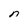
Character: n